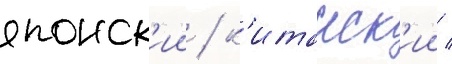
японск'ии / к'итаиск'ии /